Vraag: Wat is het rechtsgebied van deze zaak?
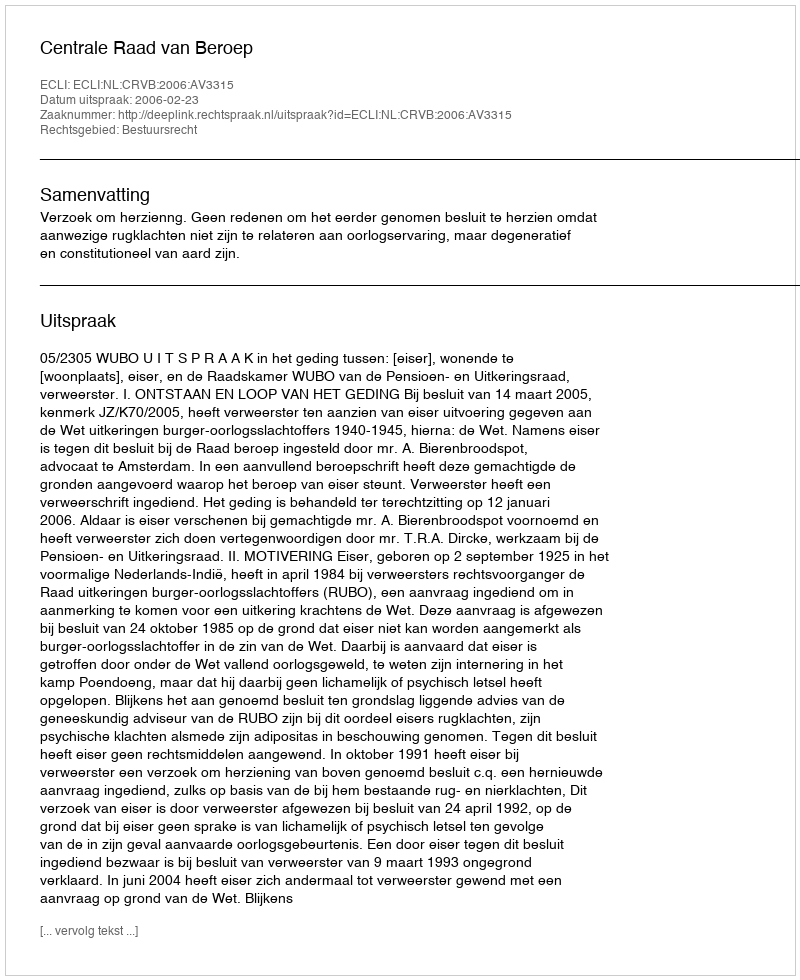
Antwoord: Bestuursrecht